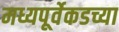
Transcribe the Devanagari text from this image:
मध्यपूर्वेकडच्या